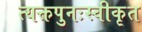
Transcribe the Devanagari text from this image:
त्यक्तपुनःस्वीकृत